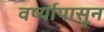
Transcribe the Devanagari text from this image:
वर्ष्यापासून